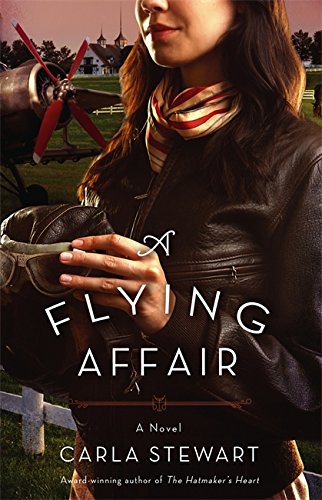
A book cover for A Flying Affair: A Novel; Carla Stewart; Romance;